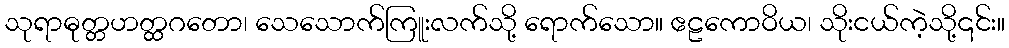
သုရာဓုတ္တဟတ္ထဂတော၊ သေသောက်ကြူးလက်သို့ ရောက်သော။ ဧဠကောဝိယ၊ သိုးငယ်ကဲ့သို့၎င်း။